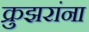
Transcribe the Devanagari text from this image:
क्रुझरांना